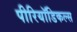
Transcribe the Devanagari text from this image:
पीरियॉडिकल्स